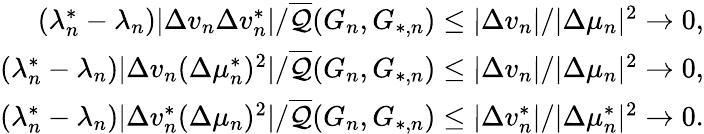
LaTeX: \begin{array}{r}{(\lambda_{n}^{*}-\lambda_{n})|\Delta v_{n}\Delta v_{n}^{*}|/\overline{{\mathcal{Q}}}(G_{n},G_{*,n})\leq|\Delta v_{n}|/|\Delta\mu_{n}|^{2}\to 0,}\\ {(\lambda_{n}^{*}-\lambda_{n})|\Delta v_{n}(\Delta\mu_{n}^{*})^{2}|/\overline{{\mathcal{Q}}}(G_{n},G_{*,n})\leq|\Delta v_{n}|/|\Delta\mu_{n}|^{2}\to 0,}\\ {(\lambda_{n}^{*}-\lambda_{n})|\Delta v_{n}^{*}(\Delta\mu_{n})^{2}|/\overline{{\mathcal{Q}}}(G_{n},G_{*,n})\leq|\Delta v_{n}^{*}|/|\Delta\mu_{n}^{*}|^{2}\to 0.}\end{array}